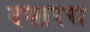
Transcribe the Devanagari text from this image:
दस्तरस